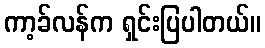
ကာ့ခ်လန်က ရှင်းပြပါတယ်။